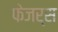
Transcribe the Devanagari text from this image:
फेजर्स